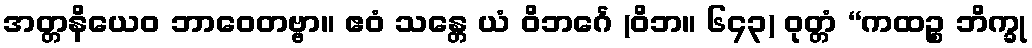
အတ္တနိယေဝ ဘာဝေတဗ္ဗာ။ ဧဝံ သန္တေ ယံ ဝိဘင်္ဂေ (ဝိဘ။ ၆၄၃) ဝုတ္တံ “ကထဉ္စ ဘိက္ခု